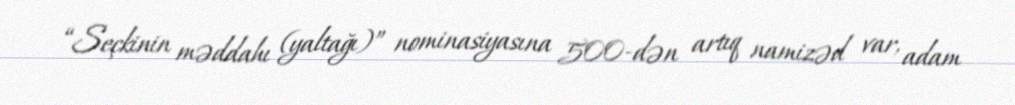
“Seçkinin məddahı (yaltağı)” nominasiyasına 500-dən artıq namizəd var, adam